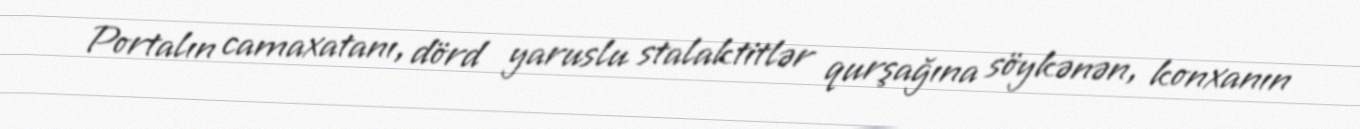
Portalın camaxatanı, dörd yaruslu stalaktitlər qurşağına söykənən, konxanın